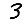
Digit: 3